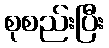
စုစည်းပြီး